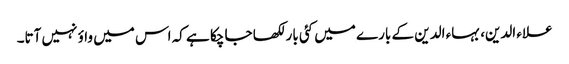
علاء الدین، بہاء الدین کے بارے میں کئی بار لکھا جا چکا ہے کہ اس میں واؤ نہیں آتا۔